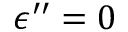
\epsilon ^ { \prime \prime } = 0